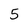
Character: 5